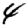
Digit: 4